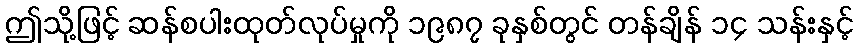
ဤသို့ဖြင့် ဆန်စပါးထုတ်လုပ်မှုကို ၁၉၈၇ ခုနှစ်တွင် တန်ချိန် ၁၄ သန်းနှင့်